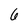
Character: 6